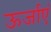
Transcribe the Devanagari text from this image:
ऊर्जाएं